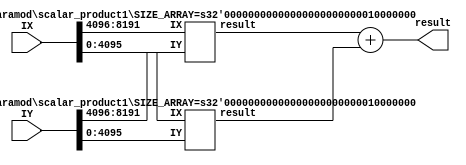
module scalar_product1(result, IX, IY);
   parameter SIZE_ARRAY = 256;
   parameter SIZE_INT = 32;
   parameter SIZE = SIZE_ARRAY * SIZE_INT;

   parameter N1 = (SIZE_ARRAY / 2) + (SIZE_ARRAY % 2);
   parameter N2 = SIZE_ARRAY / 2;

   input [SIZE-1:0] IX;//bus de 256 * 32 bit
   input [SIZE-1:0] IY;//bus de 256 * 32 bit

   wire [SIZE_INT-1:0] result_tmp1;
   wire [SIZE_INT-1:0] result_tmp2;
   output [SIZE_INT-1:0] result;

   //toutes les operations ici sont parrallele
   //et s'executent en meme temps
   //ce sont des affectations continue
   if (SIZE_ARRAY == 1)
     assign result[SIZE_INT-1:0] = IX[SIZE_INT-1:0] * IY[SIZE_INT-1:0];
   else if (SIZE_ARRAY > 1)
     begin
	scalar_product1 #(.SIZE_ARRAY(N1)) recall1(result_tmp1,
						  IX[SIZE-1:SIZE-(N1 * SIZE_INT)],
						  IY[SIZE-1:SIZE-(N1 * SIZE_INT)]);
	scalar_product1 #(.SIZE_ARRAY(N2)) recall2(result_tmp2,
						  IX[(N2*SIZE_INT)-1:0],
						  IY[(N2*SIZE_INT)-1:0]);
	assign result = result_tmp1 + result_tmp2;
     end
endmodule